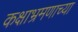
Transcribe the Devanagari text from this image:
कक्षाभ्रमणाच्या